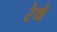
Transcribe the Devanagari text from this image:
रेथे